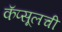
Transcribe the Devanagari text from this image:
कॅप्सूलची